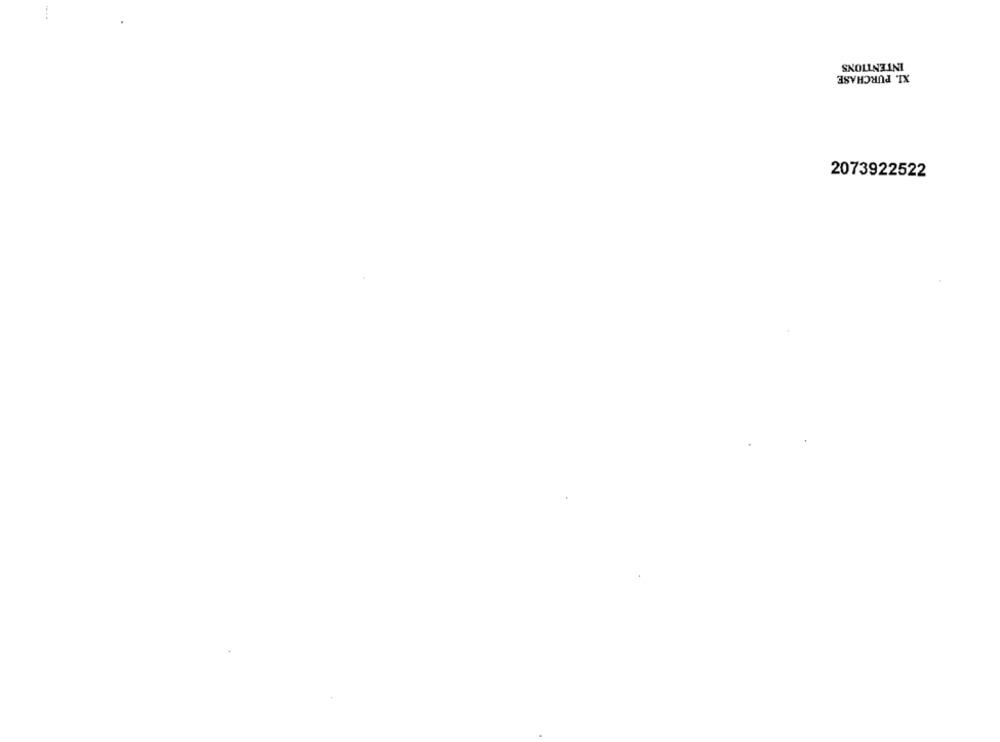
INTENTIONS
XI. PURCHASE
2073922522